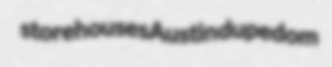
storehouses Austin dupedom